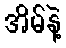
အိမ်နဲ့